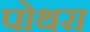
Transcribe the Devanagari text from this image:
पोथरा